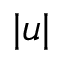
| u |